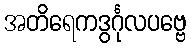
အတိရေကဒွင်္ဂုလပဗ္ဗေ